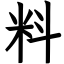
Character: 料